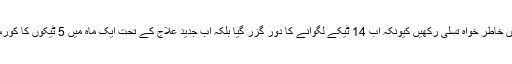
ایسی صورتحال میں خاطر خواہ تسلی رکھیں کیونکہ اب 14 ٹیکے لگوانے کا دور گزر گیا بلکہ اب جدید علاج کے تحت ایک ماہ میں 5 ٹیکوں کا کورس کروایا جاتا ہے۔